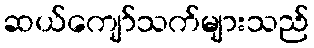
ဆယ်ကျော်သက်များသည်